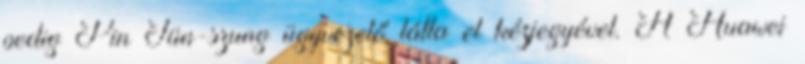
pedig Pin Jün-szung ügyvezető látta el kézjegyével. A Huawei